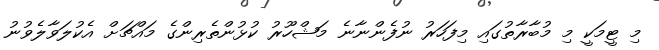
މި ޓީމަކީ މި މުބާރާތުގައި މިފަހަރު ނުފެންނާނެ މަޝްހޫރު ކުޅުންތެރިންގެ މައްޗަށް އެކުލަަވާލެވުނު